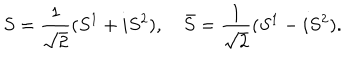
LaTeX: S = \frac { 1 } { \sqrt { 2 } } ( S ^ { 1 } + i S ^ { 2 } ) , \quad \bar { S } = \frac { 1 } { \sqrt { 2 } } ( S ^ { 1 } - i S ^ { 2 } ) .